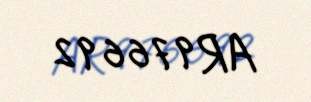
AR976692